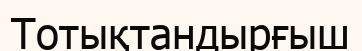
Тотықтандырғыш